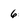
Character: 6